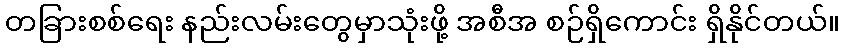
တခြားစစ်ရေး နည်းလမ်းတွေမှာသုံးဖို့ အစီအ စဉ်ရှိကောင်း ရှိနိုင်တယ်။